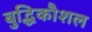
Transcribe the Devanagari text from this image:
बुद्धिकौशल